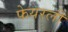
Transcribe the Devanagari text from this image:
फेयरली